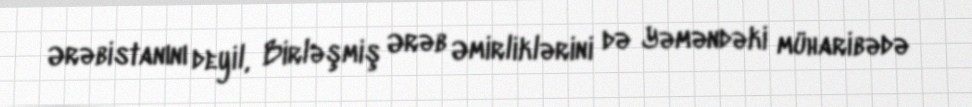
Ərəbistanını deyil, Birləşmiş Ərəb Əmirliklərini də Yəməndəki müharibədə